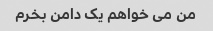
من می خواهم یک دامن بخرم